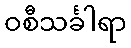
ဝစီသင်္ခါရာ